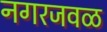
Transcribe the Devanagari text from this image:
नगरजवळ